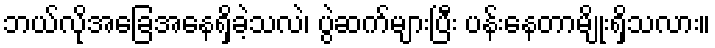
ဘယ်လိုအခြေအနေရှိခဲ့သလဲ၊ ပွဲဆက်များပြီး ပန်းနေတာမျိုးရှိသလား။